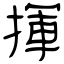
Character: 揮